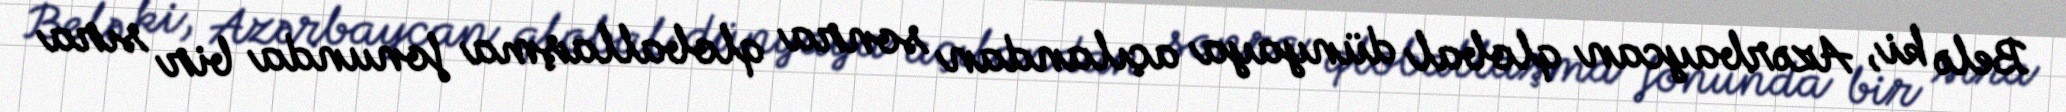
Belə ki, Azərbaycan qlobal dünyaya açılandan sonra qloballaşma fonunda bir sıra